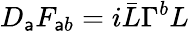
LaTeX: D_{\mathsf{a}}F_{\mathsf{a}b}=i\bar{{L}}\Gamma^{b}L